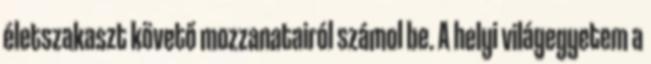
életszakaszt követő mozzanatairól számol be. A helyi világegyetem a